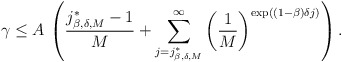
\begin{align*}\gamma\le A\,\left(\frac{j^*_{\beta,\delta,M}-1}{M}+\sum_{j=j^*_{\beta,\delta,M}}^\infty\left(\frac1M\right)^{\exp((1-\beta) \delta j)}\right).\end{align*}